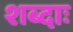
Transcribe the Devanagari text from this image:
शब्दाः